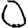
Digit: 0